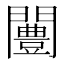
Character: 闦